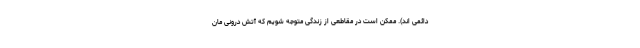
دائمی اند). ممکن است در مقاطعی از زندگی متوجه شویم که آتش درونی مان